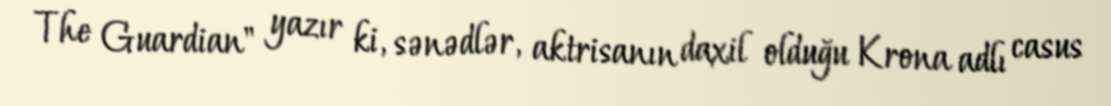
The Guardian" yazır ki, sənədlər, aktrisanın daxil olduğu Krona adlı casus